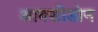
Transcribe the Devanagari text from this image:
आक्सीडोन